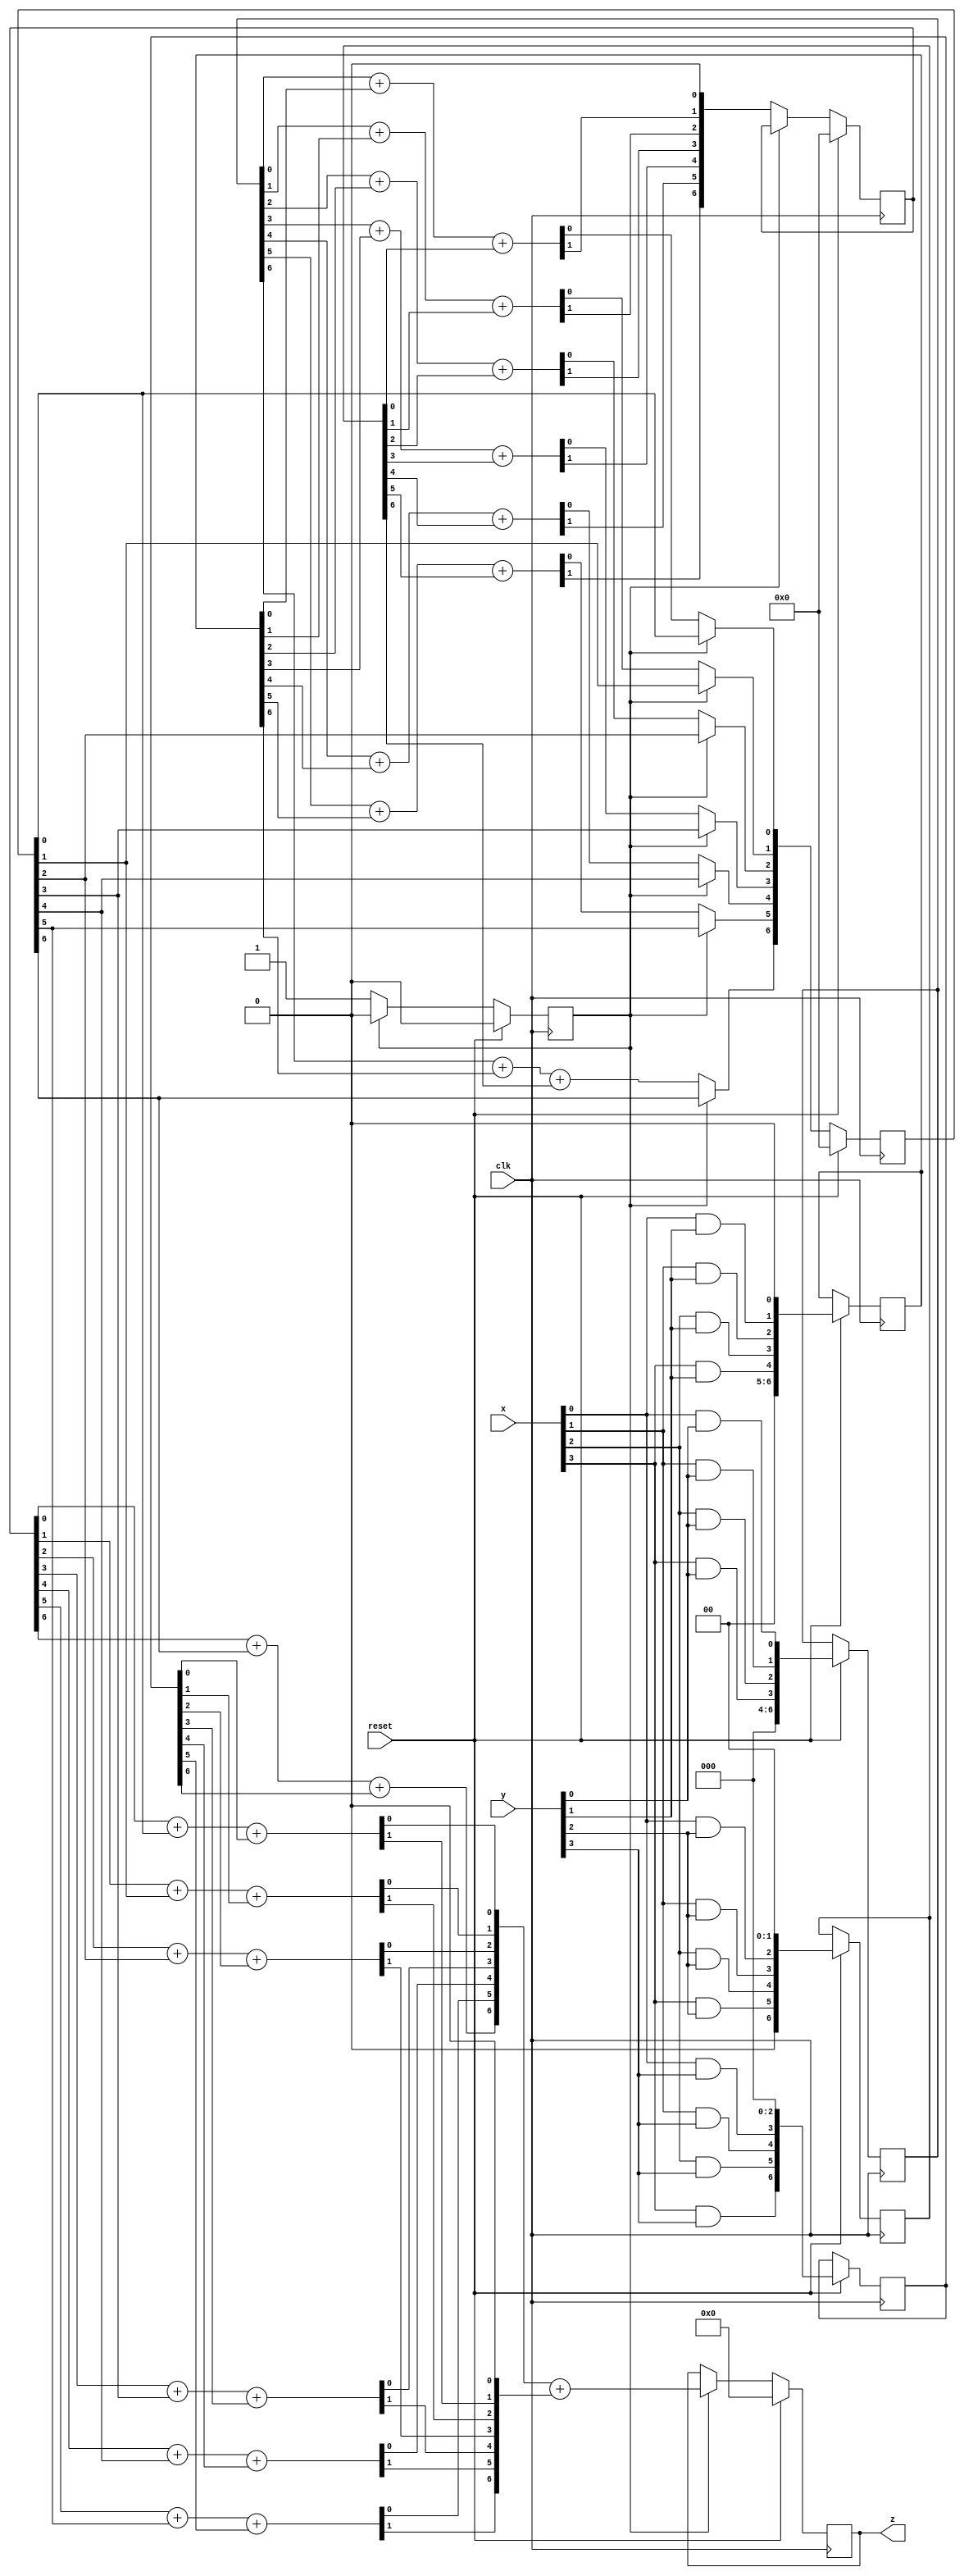

module lab8(x,y,z,clk,reset);
input [3:0]x,y;			//x is multiplicand, y is multiplier
input clk,reset;
output reg [7:0]z;
reg [6:0]M0,M1,M2,M3;
reg count;
reg [6:0]carry1,carry2;
reg [6:0]sum1,sum2;


always@(posedge clk)
begin
	if(reset)
	begin
		M0<={1'b0,1'b0,1'b0,(x[3]&y[0]),(x[2]&y[0]),(x[1]&y[0]),(x[0]&y[0])};
		M1<={1'b0,1'b0,(x[3]&y[1]),(x[2]&y[1]),(x[1]&y[1]),(x[0]&y[1]),1'b0};
		M2<={1'b0,(x[3]&y[2]),(x[2]&y[2]),(x[1]&y[2]),(x[0]&y[2]),1'b0,1'b0};
		M3<={(x[3]&y[3]),(x[2]&y[3]),(x[1]&y[3]),(x[0]&y[3]),1'b0,1'b0,1'b0};
		carry1<=0;
		sum1<=0;
		carry2<=0;
		sum2<=0;
		z<=0;
		count<=0;
	end
	
	else
	begin
		if(count ==0)
		begin
		fulladder(M0[0],M1[0],M2[0],carry1[0],sum1[0]);
		fulladder(M0[1],M1[1],M2[1],carry1[1],sum1[1]);
		fulladder(M0[2],M1[2],M2[2],carry1[2],sum1[2]);
		fulladder(M0[3],M1[3],M2[3],carry1[3],sum1[3]);
		fulladder(M0[4],M1[4],M2[4],carry1[4],sum1[4]);
		fulladder(M0[5],M1[5],M2[5],carry1[5],sum1[5]);
		fulladder(M0[6],M1[6],M2[6],carry1[6],sum1[6]);
		carry1 = carry1<<1;
		count<=1;
		end
		
		else if(count ==1)
		begin
		fulladder(carry1[0],sum1[0],M3[0],carry2[0],sum2[0]);
		fulladder(carry1[1],sum1[1],M3[1],carry2[1],sum2[1]);
		fulladder(carry1[2],sum1[2],M3[2],carry2[2],sum2[2]);
		fulladder(carry1[3],sum1[3],M3[3],carry2[3],sum2[3]);
		fulladder(carry1[4],sum1[4],M3[4],carry2[4],sum2[4]);
		fulladder(carry1[5],sum1[5],M3[5],carry2[5],sum2[5]);
		fulladder(carry1[6],sum1[6],M3[6],carry2[6],sum2[6]);
		carry2 = carry2<<1;
		z = sum2 + carry2;
		count<=0;
		end
	end
end



task fulladder;
input x,y,z;
output reg c,s;
 {c,s} = x + y + z;
endtask

endmodule